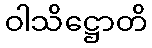
ဝါသိဋ္ဌောတိ